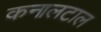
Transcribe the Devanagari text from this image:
कनालटाल